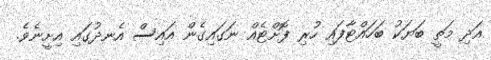
އަދި މަތީ ބަޔަކު ބަހައްޓާފައި ހުރި ފޮށްޓެއް ނަގައިގެން އައިސް އެނދުގައި އިށީނެވެ.